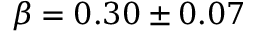
\beta = 0 . 3 0 \pm 0 . 0 7